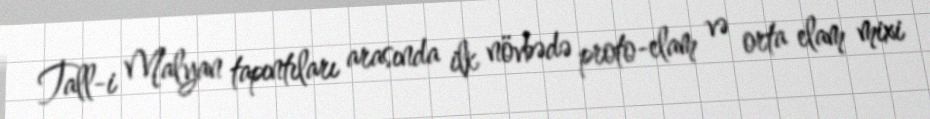
Tall-i Malyan tapıntıları arasında ilk növbədə proto-elam və orta elam mixi